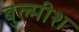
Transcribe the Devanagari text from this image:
बुल्मीश